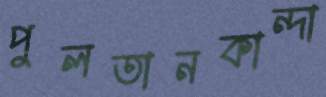
পুলতানকান্দা